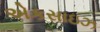
એકસાઇઝ